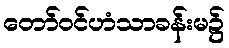
တော်ဝင်ဟံသာခန်းမ၌